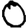
Digit: 0